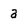
Character: a